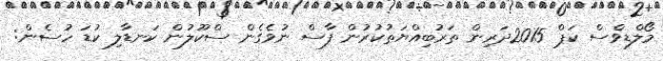
މޯލްޑިވްސް ކަޕް 2015ދަރިން ތަރުބިއްޔަތުކުރުން ފާސް ނުވެގެން ސްކޫލުން ކަނޑާލި ކުޑަ ހުސެން: